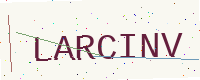
Text: LARCINV